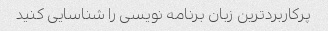
پرکاربردترین زبان برنامه نویسی را شناسایی کنید